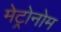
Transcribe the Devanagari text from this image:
मेट्रोनोम